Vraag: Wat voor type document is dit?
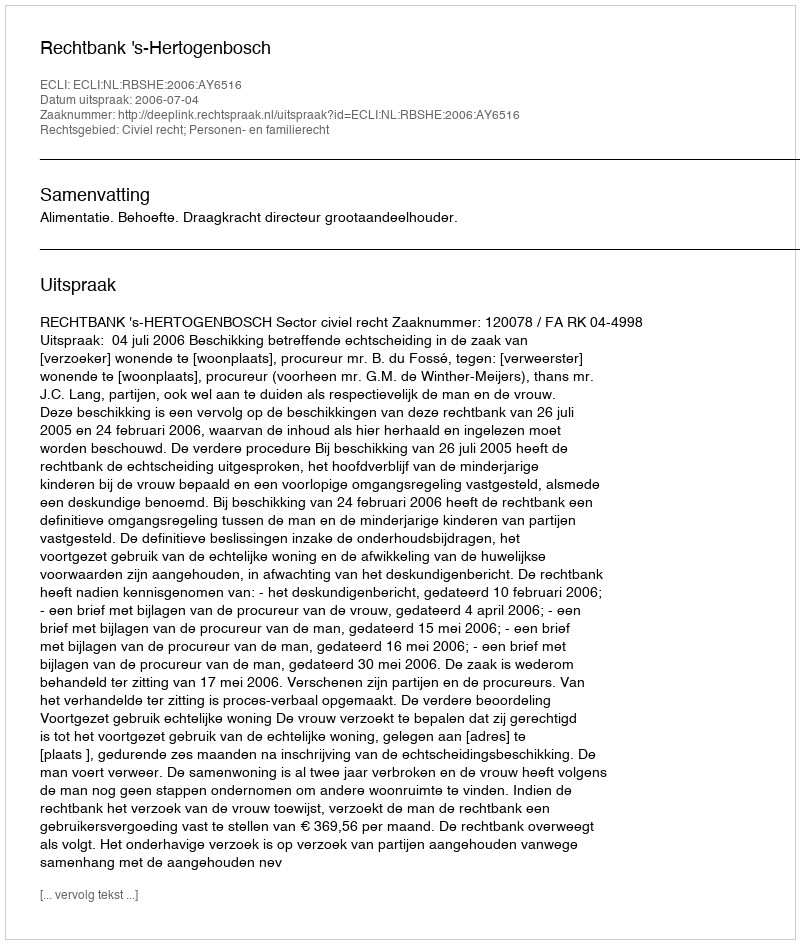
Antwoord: Uitspraak